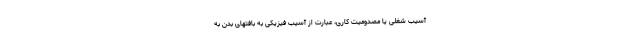
آسیب شغلی یا مصدومیت کاری، عبارت از آسیب فیزیکی به بافتهای بدن به